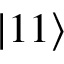
\left| 1 1 \right>